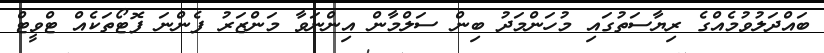
ބައްދަލުވުމެއްގެ ރިޔާސަތުގައި މުހަންމަދު ބިން ސަލްމާން އިންނަވާ މަންޒަރު ފެންނަ ފޮޓޯތަކެއް ޓްވީޓް